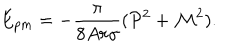
E _ { p m } = - \frac { \pi } { 8 A r { \gamma } } ( { \cal P } ^ { 2 } + { \cal M } ^ { 2 } ) .